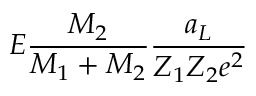
E \frac { M _ { 2 } } { M _ { 1 } + M _ { 2 } } \frac { a _ { L } } { Z _ { 1 } Z _ { 2 } e ^ { 2 } }